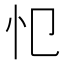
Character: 𢖭